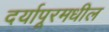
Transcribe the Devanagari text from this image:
दर्यापूरमधील